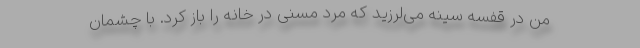
من در قفسه سینه می‌لرزید که مرد مُسنی در خانه را باز کرد. با چشمان